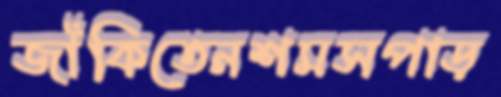
জাঁকিতেনশমসপাড়